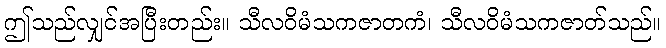
ဤသည်လျှင်အပြီးတည်း။ သီလဝိမံသကဇာတကံ၊ သီလဝိမံသကဇာတ်သည်။